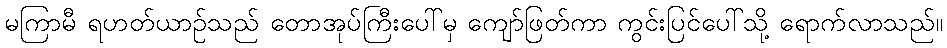
မကြာမီ ရဟတ်ယာဉ်သည် တောအုပ်ကြီးပေါ်မှ ကျော်ဖြတ်ကာ ကွင်းပြင်ပေါ်သို့ ရောက်လာသည်။